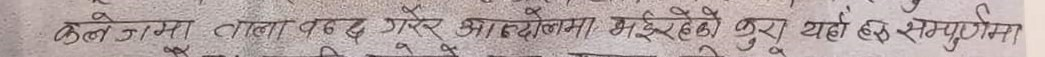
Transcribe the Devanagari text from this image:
केल गंगा तारा पद गारे, ओइलोमा भइरहेको कुरु यहाँ सम्पूर्णमा